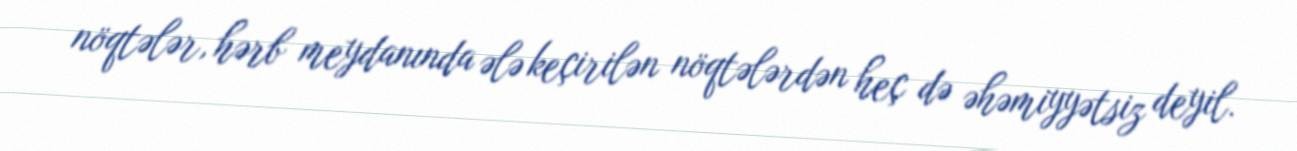
nöqtələr, hərb meydanında ələ keçirilən nöqtələrdən heç də əhəmiyyətsiz deyil.